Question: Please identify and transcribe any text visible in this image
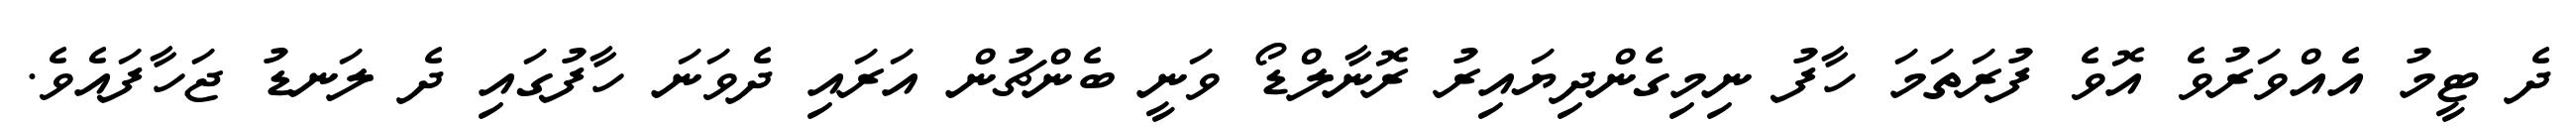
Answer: ދެ ޓީމު އެއްވަރުވެ އޮވެ ފުރަތަމަ ހާފު ނިމިގެންދިޔައިރު ރޮނާލްޑޯ ވަނީ ބެންޗުން އަރައި ދެވަނަ ހާފުގައި ދެ ލަނޑު ޖަހާފައެވެ.